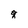
Character: 8